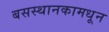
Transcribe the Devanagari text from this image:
बसस्थानकामधून